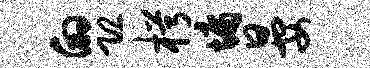
的恐枵墉晏